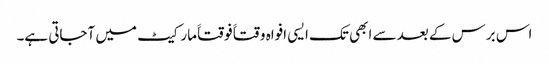
اس برس کے بعد سے ابھی تک ایسی افواہ وقتاََ فوقتاََ مارکیٹ میں آجاتی ہے۔